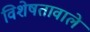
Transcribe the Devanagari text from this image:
विशेषतावाले